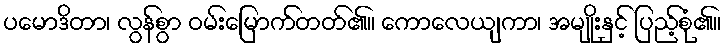
ပမောဒိတာ၊ လွန်စွာ ဝမ်းမြောက်တတ်၏။ ကောလေယျကာ၊ အမျိုးနှင့် ပြည့်စုံ၏။